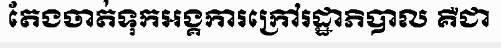
តែងចាត់ទុកអង្គការក្រៅរដ្ឋាភិបាល គឺជា